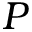
P